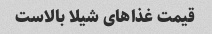
قیمت غذاهای شیلا بالاست